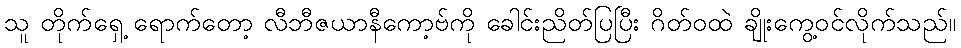
သူ တိုက်ရှေ့ ရောက်တော့ လီဘီဇယာနီကော့ဗ်ကို ခေါင်းညိတ်ပြပြီး ဂိတ်ဝထဲ ချိုးကွေ့ဝင်လိုက်သည်။